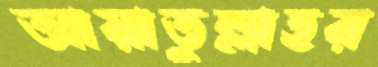
আয়াতুল্লাহর